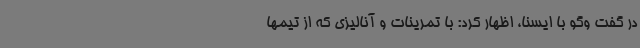
در گفت وگو با ایسنا، اظهار کرد: با تمرینات و آنالیزی که از تیمها